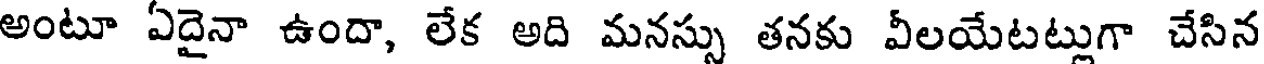
అంటూ ఏదైనా ఉందా, లేక అది మనస్సు తనకు వీలయేటట్లుగా చేసిన